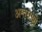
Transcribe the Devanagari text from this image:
अन्तरराष्ट्री